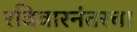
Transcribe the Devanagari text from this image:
रविवारनंतरचा